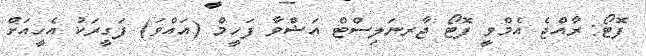
ފޮޓޯ: ރާއްޖެ އެމްވީ ފޮޓޯ ޖާރނަލިސްޓް އަޝްވާ ފަހީމް (އައްވަ) ފަގީރަކު އެހީއަށް